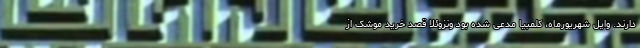
دارند. وایل شهریورماه، کلمبیا مدعی شده بود ونزوئلا قصد خرید موشک از